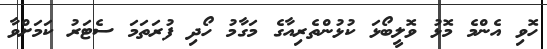
ހޮވި އެންމެ މޮޅު ވޮލީބޯޅަ ކުޅުންތެރިއާގެ މަގާމު ހޯދި ފުރަތަމަ ސެޓަރު ކަމަށްވާ